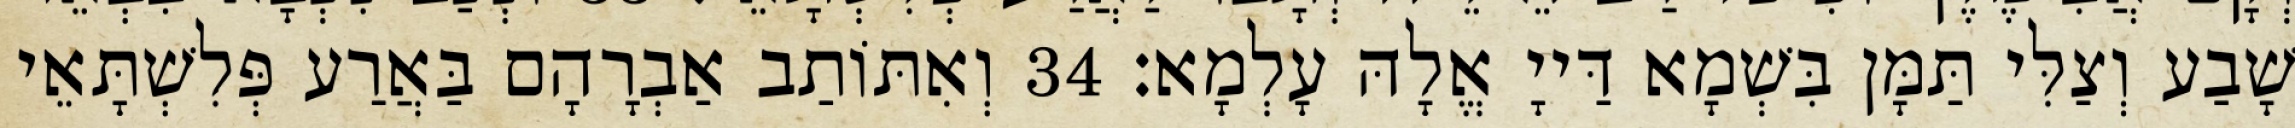
שָׁבַע וְצַלִּי תַּמָּן בִּשְׁמָא דַּייָ אֱלָהּ עָלְמָא׃ 34 וְאִתּוֹתַב אַבְרָהָם בַּאֲרַע פְּלִשְׁתָּאֵי